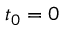
t _ { 0 } = 0